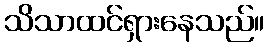
သိသာထင်ရှားနေသည်။